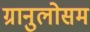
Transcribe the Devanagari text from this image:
ग्रानुलोसम